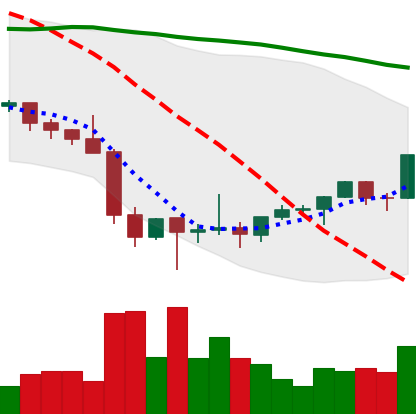
Ticker: ETH-USD
Chart end date: 2022-02-04
Forward return: 8.576%
Label: up_7plus